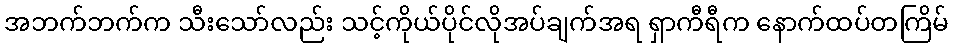
အဘက်ဘက်က သီးသော်လည်း သင့်ကိုယ်ပိုင်လိုအပ်ချက်အရ ရှာကီရီက နောက်ထပ်တကြိမ်